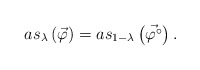
\begin{align*} as_{ \lambda} \left( \vec \varphi \right) = as_{ 1- \lambda} \left( \vec{\varphi^\circ}\right) .\end{align*}